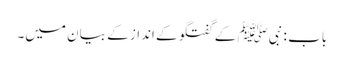
باب : نبیﷺ کے گفتگو کے انداز کے بیان میں۔